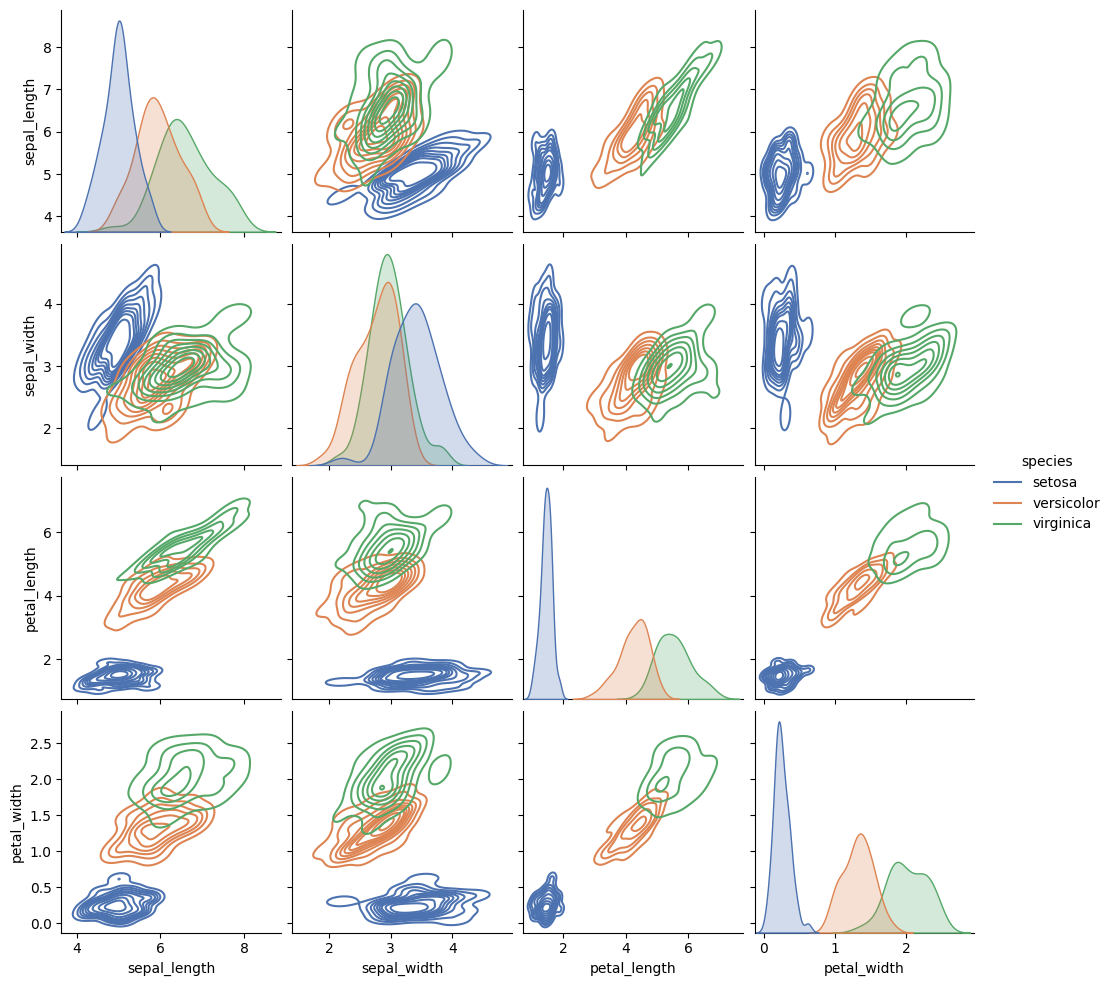
python, seaborn, pairplot, palette='deep', markers=['o'], kind='kde', diag_kind='auto'